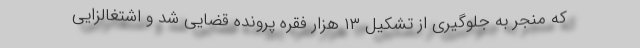
که منجر به جلوگیری از تشکیل ۱۳ هزار فقره پرونده قضایی شد و اشتغالزایی